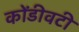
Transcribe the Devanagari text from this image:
कोंडीवटी